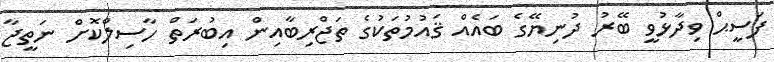
ފަސީޙް ވިދާޅުވީ ބޭރު ދުނިޔޭގެ ބައެއް ޤައުމުތަކުގެ ތަޖްރިބާއިން އިބުރަތް ހާސިލްކޮށް ނަތީޖާ